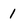
Character: 1